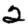
Digit: 2